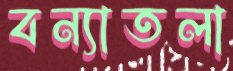
বন্যাতলা